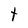
Character: t